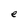
Character: e